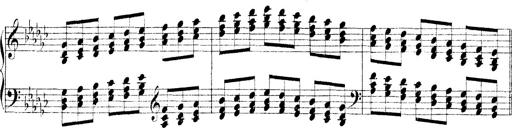
Title: Technische Studien
Composer: Franz Liszt